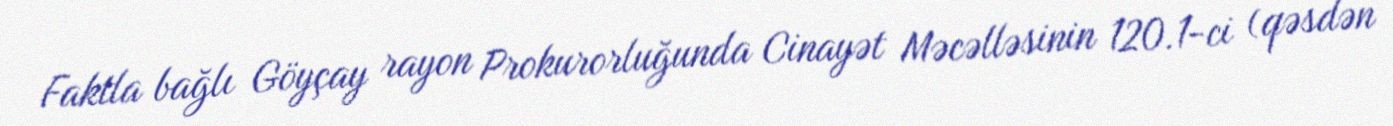
Faktla bağlı Göyçay rayon Prokurorluğunda Cinayət Məcəlləsinin 120.1-ci (qəsdən